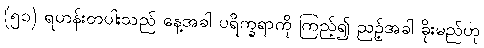
(၅၁) ရဟန်းတပါးသည် နေ့အခါ ပရိက္ခရာကို ကြည့်၍ ညဉ့်အခါ ခိုးမည်ဟု